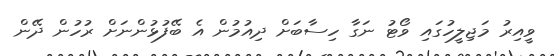
ވީއިރު މަޖިލީހުގައި ވޯޓު ނަގާ ހިސާބަށް ދިއުމުން އެ ބޭފުޅުންނަށް ރުހުން ދޭން